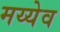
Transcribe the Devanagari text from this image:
मय्येव